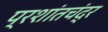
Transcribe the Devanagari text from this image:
प्रशांतचंद्र